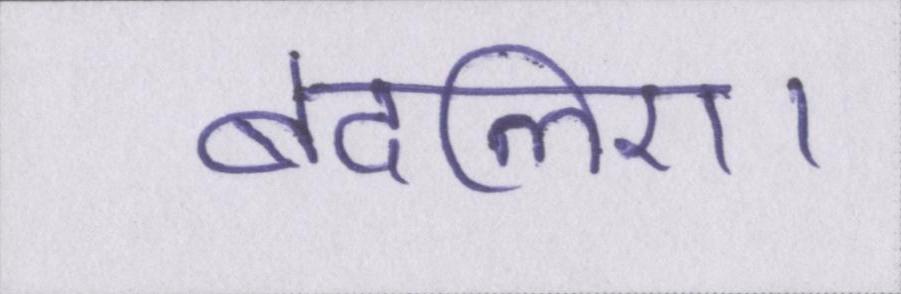
बदलिए।